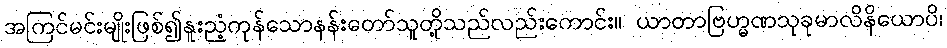
အကြင်မင်းမျိုးဖြစ်၍နူးညံ့ကုန်သောနန်းတော်သူတို့သည်လည်းကောင်း။ ယာတာဗြဟ္မဏသုခုမာလိနိယောပိ၊